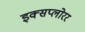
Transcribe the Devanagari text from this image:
इक्सप्लोरर